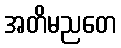
အတိမညတေ